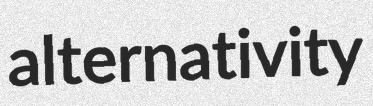
alternativity